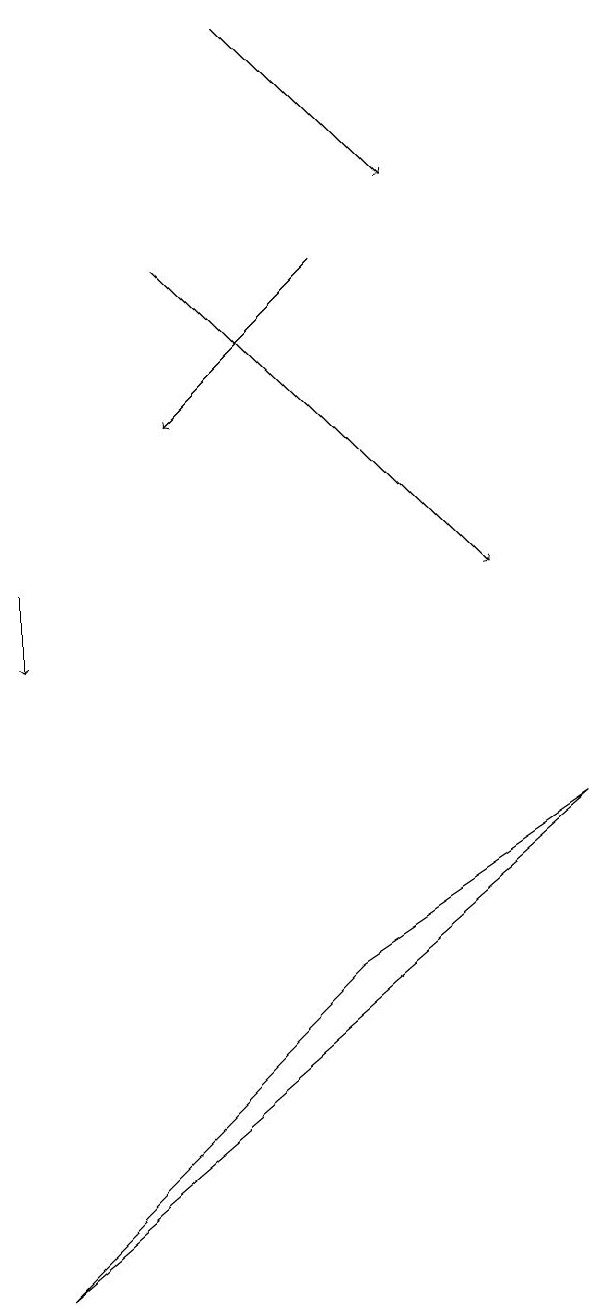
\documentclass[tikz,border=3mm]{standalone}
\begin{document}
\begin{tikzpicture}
\draw[->] (1,12) -- (1,11);
\draw[->] (4,19) -- (6,17);
\draw[->] (3,16) -- (7,12);
\draw (5,7) -- (1,3) -- (8,9) -- cycle;
\draw[->] (5,16) -- (3,14);
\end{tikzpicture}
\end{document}